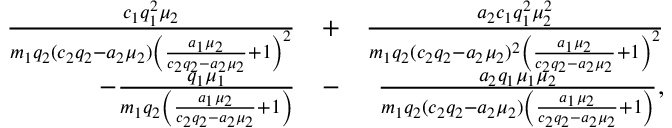
\begin{array} { r l r } { \frac { c _ { 1 } q _ { 1 } ^ { 2 } \mu _ { 2 } } { m _ { 1 } q _ { 2 } ( c _ { 2 } q _ { 2 } - a _ { 2 } \mu _ { 2 } ) \left( \frac { a _ { 1 } \mu _ { 2 } } { c _ { 2 } q _ { 2 } - a _ { 2 } \mu _ { 2 } } + 1 \right) ^ { 2 } } } & { + } & { \frac { a _ { 2 } c _ { 1 } q _ { 1 } ^ { 2 } \mu _ { 2 } ^ { 2 } } { m _ { 1 } q _ { 2 } ( c _ { 2 } q _ { 2 } - a _ { 2 } \mu _ { 2 } ) ^ { 2 } \left( \frac { a _ { 1 } \mu _ { 2 } } { c _ { 2 } q _ { 2 } - a _ { 2 } \mu _ { 2 } } + 1 \right) ^ { 2 } } } \\ { - \frac { q _ { 1 } \mu _ { 1 } } { m _ { 1 } q _ { 2 } \left( \frac { a _ { 1 } \mu _ { 2 } } { c _ { 2 } q _ { 2 } - a _ { 2 } \mu _ { 2 } } + 1 \right) } } & { - } & { \frac { a _ { 2 } q _ { 1 } \mu _ { 1 } \mu _ { 2 } } { m _ { 1 } q _ { 2 } ( c _ { 2 } q _ { 2 } - a _ { 2 } \mu _ { 2 } ) \left( \frac { a _ { 1 } \mu _ { 2 } } { c _ { 2 } q _ { 2 } - a _ { 2 } \mu _ { 2 } } + 1 \right) } , } \end{array}